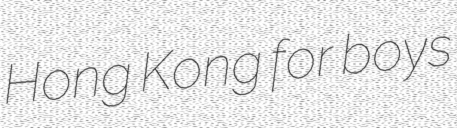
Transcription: Hong Kong for boys